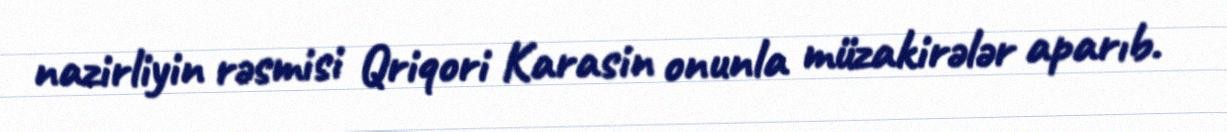
nazirliyin rəsmisi Qriqori Karasin onunla müzakirələr aparıb.